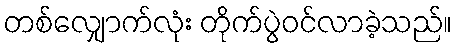
တစ်လျှောက်လုံး တိုက်ပွဲဝင်လာခဲ့သည်။